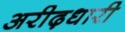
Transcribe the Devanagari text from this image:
अरीढ़धारी